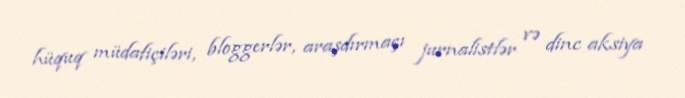
hüquq müdafiçiləri, bloggerlər, araşdırmaçı jurnalistlər və dinc aksiya